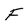
Character: F